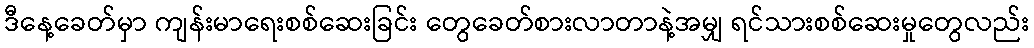
ဒီနေ့ခေတ်မှာ ကျန်းမာရေးစစ်ဆေးခြင်း တွေခေတ်စားလာတာနဲ့အမျှ ရင်သားစစ်ဆေးမှုတွေလည်း